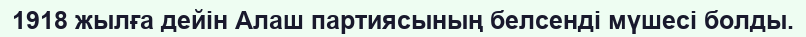
1918 жылға дейін Алаш партиясының белсенді мүшесі болды.